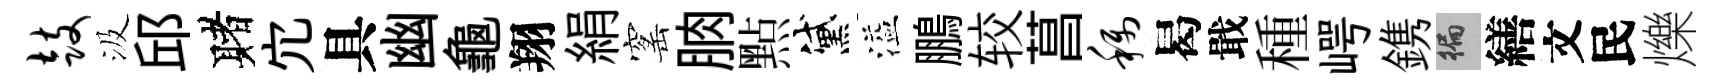
鼓汲邱赌宂具幽龜翔絹窰朒㸃黛溢鵬较菖称曷戢種崿鎸徧繕文民爍